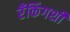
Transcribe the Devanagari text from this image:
रँकिंगशी